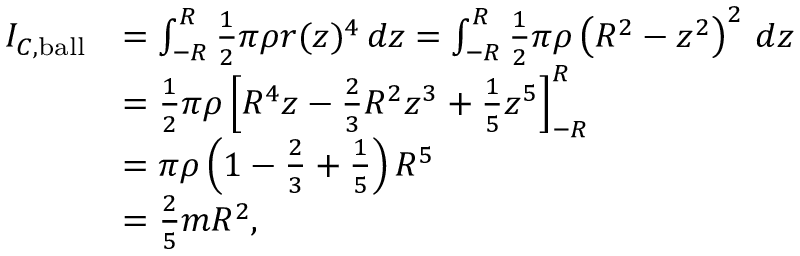
{ \begin{array} { r l } { I _ { C , { \mathrm { b a l l } } } } & { = \int _ { - R } ^ { R } { \frac { 1 } { 2 } } \pi \rho r ( z ) ^ { 4 } \, d z = \int _ { - R } ^ { R } { \frac { 1 } { 2 } } \pi \rho \left( R ^ { 2 } - z ^ { 2 } \right) ^ { 2 } \, d z } \\ & { = { \frac { 1 } { 2 } } \pi \rho \left[ R ^ { 4 } z - { \frac { 2 } { 3 } } R ^ { 2 } z ^ { 3 } + { \frac { 1 } { 5 } } z ^ { 5 } \right] _ { - R } ^ { R } } \\ & { = \pi \rho \left( 1 - { \frac { 2 } { 3 } } + { \frac { 1 } { 5 } } \right) R ^ { 5 } } \\ & { = { \frac { 2 } { 5 } } m R ^ { 2 } , } \end{array} }